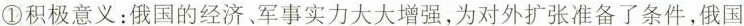
①积极意义：俄国的经济。军事实力大大增强，为对外扩张准备了条件，俄国